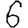
Digit: 6